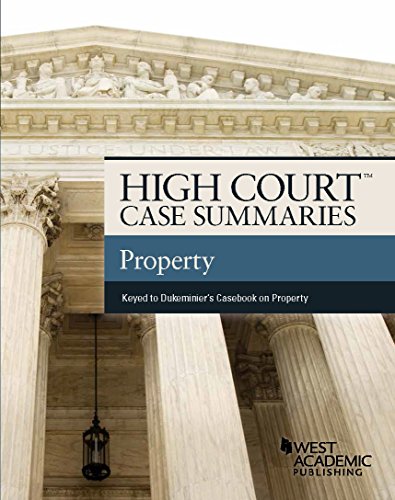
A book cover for High Court Case Summaries, Property (Keyed to Dukeminier); Publishers Editorial Staff; Law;